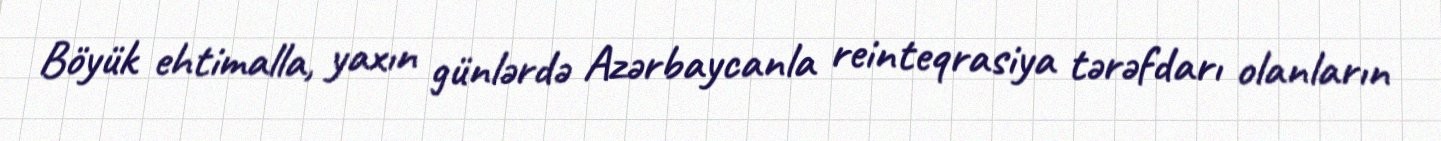
Böyük ehtimalla, yaxın günlərdə Azərbaycanla reinteqrasiya tərəfdarı olanların